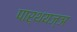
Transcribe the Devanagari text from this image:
पार्थयज्ञ